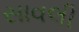
સાવલી